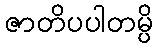
ဇာတိပပါတမ္ပိ